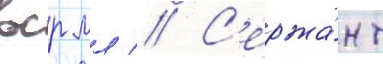
вср мл // С'ержа́нт